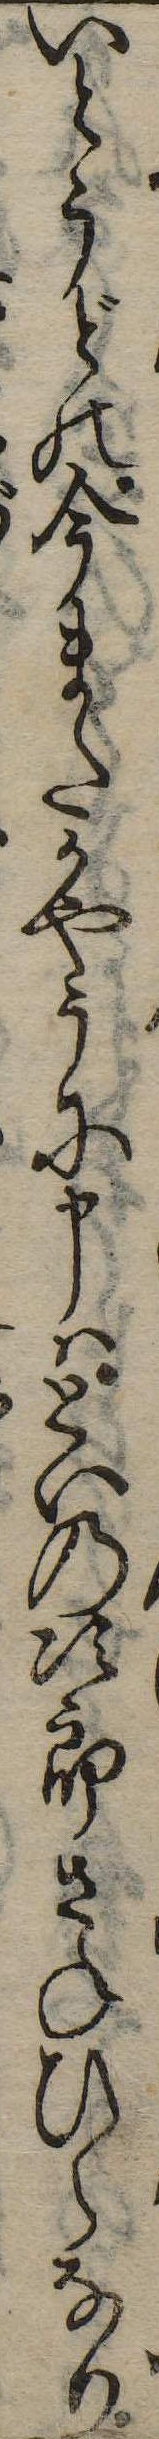
いとうどの今またかやうに申はといの次郎さねひらなり